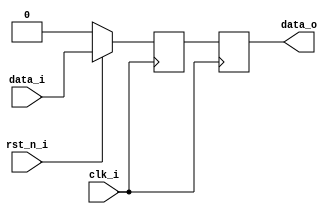
//--------------------------------------------------------------------------------
// Good practice of modelling dissimilar flops
// Testbench: sync_reset_tb.v
//--------------------------------------------------------------------------------

module good_dissimilar_flops(
  input      clk_i,
  input      rst_n_i,
  input      data_i,
  output reg data_o
);

  reg data_d;

  always@(posedge clk_i) begin
    if (!rst_n_i) begin
	  data_d <= 1'b0;
	end else begin
	  data_d <= data_i; // resettable flop
	end
  end
  
  // Use seperate procedural block for follower flops
  always@(posedge clk_i) begin
    data_o <= data_d; // follower flop
  end
  
endmodule